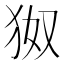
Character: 𪺹